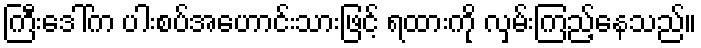
ကြီးဒေါ်က ပါးစပ်အဟောင်းသားဖြင့် ရထားကို လှမ်းကြည့်နေသည်။